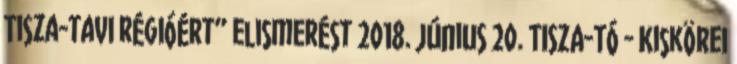
Tisza-tavi régióért” elismerést 2018. június 20. TISZA-TÓ - Kiskörei